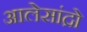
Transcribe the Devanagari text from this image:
आलेसांद्रो